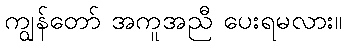
ကျွန်တော် အကူအညီ ပေးရမလား။